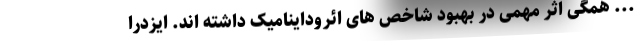
... همگی اثر مهمی در بهبود شاخص های ائروداینامیک داشته اند. ایزدرا